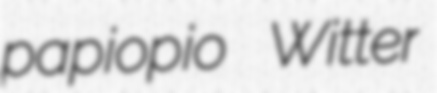
papiopio Witter